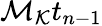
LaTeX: \mathcal{M}_{\mathcal{K}}t_{n-1}